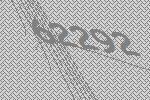
62292